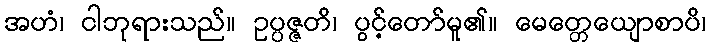
အဟံ၊ ငါဘုရားသည်။ ဥပ္ပဇ္ဇတိ၊ ပွင့်တော်မူ၏။ မေတ္တေယျောစာပိ၊